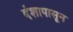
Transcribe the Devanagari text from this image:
दंशापासून